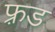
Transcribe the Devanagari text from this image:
फ़्रड